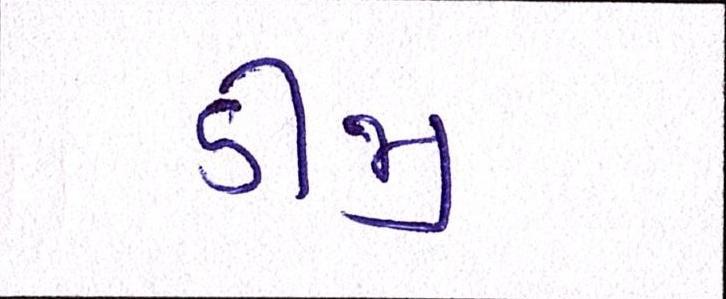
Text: ડીજી